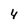
Character: 4